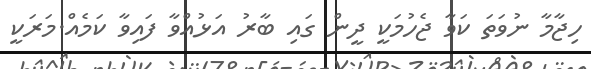
ހިޖާމާ ނުވަަތަ ކަވާ ޖެހުމަކީ ދީން ގައި ބާރު އަޅުއްވާ ފައިވާ ކަމެއް.މަރަކީ